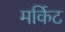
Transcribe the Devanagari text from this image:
मर्किट